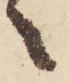
之